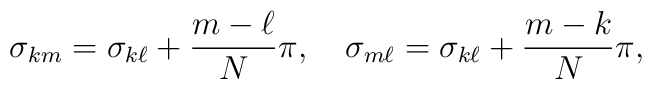
\sigma_{km}=\sigma_{k\ell}+{m-\ell\over N}\pi, \quad \sigma_{m\ell}=\sigma_{k\ell}+{m-k \over N}\pi ,